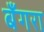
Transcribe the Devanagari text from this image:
बँगरा